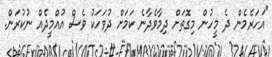
"އަހަރެމެން ދެ މީހުން މިގޮތަށް ދިމާވެދާނެ ކަމަށް ދުވަހަކު ވެސް އުއްމީދެއް ނުކުރަން.